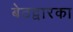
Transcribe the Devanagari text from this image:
बेठद्वारका